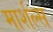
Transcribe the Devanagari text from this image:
मार्शल्स